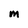
Character: m